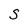
Character: S